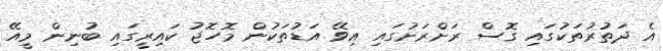
އެ ދަތުރުތަކުގައި ގޮސް ރަށްރަށުގައި އިވޭ އަޑުތަކުން މޮހޮޖު ކައިރީގައި ބުނިން މީއޭ